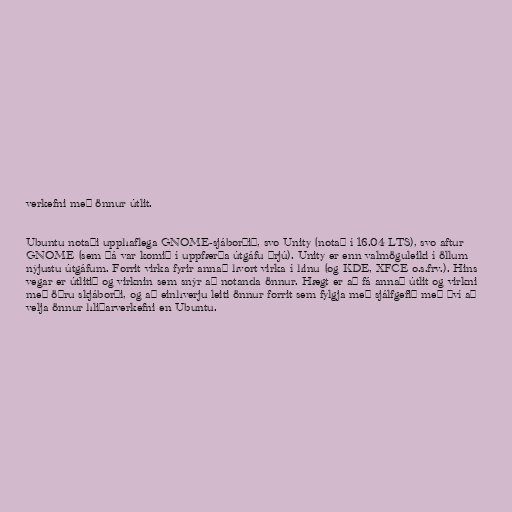
verkefni með önnur útlit.

Ubuntu notaði upphaflega GNOME-sjáborðið, svo Unity (notað í 16.04 LTS), svo aftur
GNOME (sem þá var komið í uppfærða útgáfu þrjú). Unity er enn valmöguleiki í öllum
nýjustu útgáfum. Forrit virka fyrir annað hvort virka í hinu (og KDE, XFCE o.s.frv.). Hins
vegar er útlitið og virknin sem snýr að notanda önnur. Hægt er að fá annað útlit og virkni
með öðru skjáborði, og að einhverju leiti önnur forrit sem fylgja með sjálfgefið með því að
velja önnur hliðarverkefni en Ubuntu.